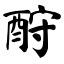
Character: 酧